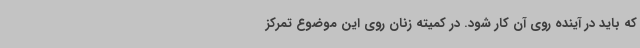
که باید در آینده روی آن کار شود. در کمیته زنان روی این موضوع تمرکز